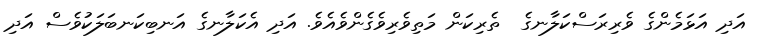
އަދި އަޅަމެންގެ ވެރިރަސްކަލާނގެ  ތެރިކަން މަތިވެރިވެގެންވެއެވެ. އަދި އެކަލާނގެ އަނބިކަނބަލަކުވެސް އަދި